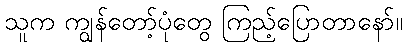
သူက ကျွန်တော့်ပုံတွေ ကြည့်ပြောတာနော်။